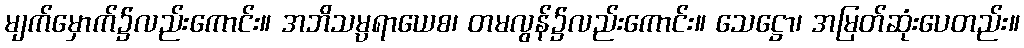
မျက်မှောက်၌လည်းကောင်း။ အဘိသမ္ပရာယေစ၊ တမလွန်၌လည်းကောင်း။ သေဋ္ဌော၊ အမြတ်ဆုံးပေတည်း။